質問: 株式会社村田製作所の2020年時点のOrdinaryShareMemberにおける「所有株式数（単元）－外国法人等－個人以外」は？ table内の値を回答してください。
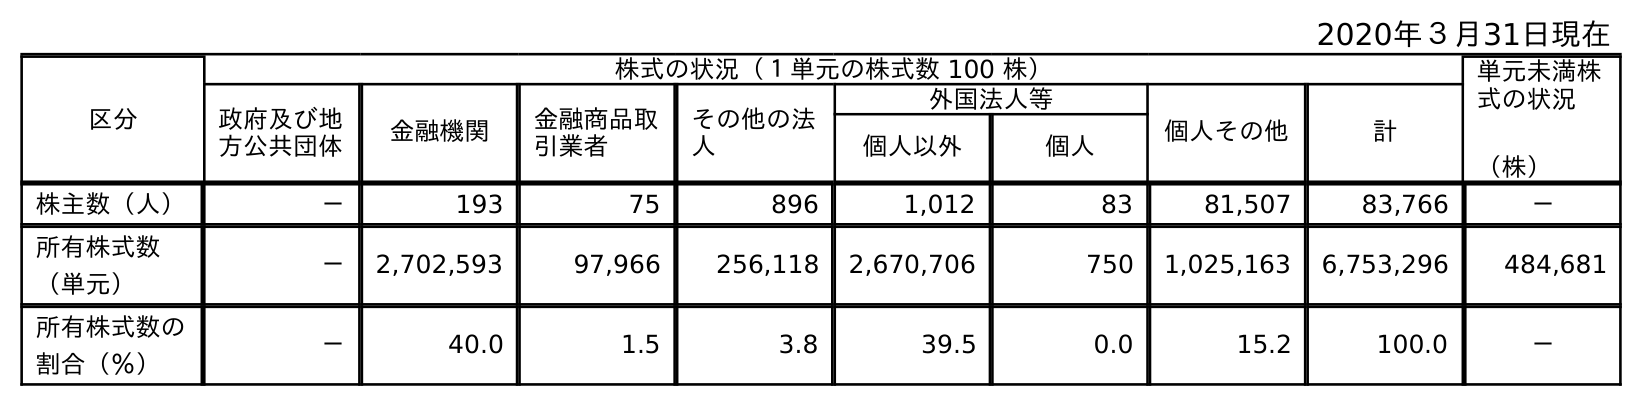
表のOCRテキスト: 2020年３月31日現在 区分 株式の状況（１単元の株式数 100 株） 単元未満株 式の状況 （株） 政府及び地 方公共団体 金融機関 金融商品取 引業者 その他の法 人 外国法人等 個人その他 計 個人以外 個人 株主数（人） － 193 75 896 1,012 83 81,507 83,766 － 所有株式数 （単元） － 2,702,593 97,966 256,118 2,670,706 750 1,025,163 6,753,296 484,681 所有株式数の 割合（％） － 40.0 1.5 3.8 39.5 0.0 15.2 100.0 －
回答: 2,670,706